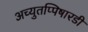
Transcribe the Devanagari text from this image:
अच्युतप्पिषारडी